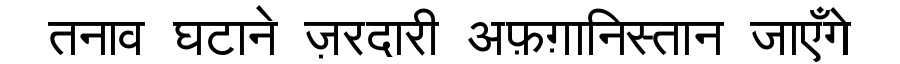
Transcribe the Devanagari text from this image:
तनाव घटाने ज़रदारी अफ़ग़ानिस्तान जाएँगे